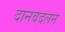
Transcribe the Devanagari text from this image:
दानवदलन